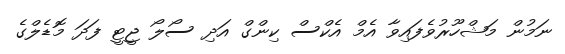
ނަމުން މަޝްހޫރުވެފައިވާ އެމް އެކްސް ކިންގް އަދި ސޯލޯ ޖީޓީ ފަދަ މޮޑެލްގެ